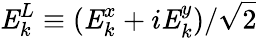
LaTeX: \mathit{{E}}_{k}^{L}\equiv(\mathit{{E}}_{k}^{x}+i\mathit{{E}}_{k}^{y})/\sqrt{2}